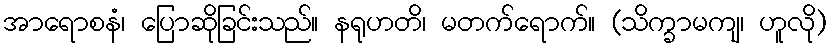
အာရောစနံ၊ ပြောဆိုခြင်းသည်။ နရုဟတိ၊ မတက်ရောက်။ (သိက္ခာမကျ၊ ဟူလို)